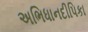
અભિધાનદીપિકા